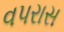
વપરાસ